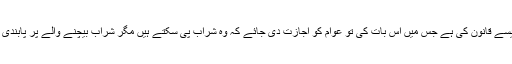
اس کی مثال ایسے قانون کی ہے جس میں اس بات کی تو عوام کو اجازت دی جائے کہ وہ شراب پی سکتے ہیں مگر شراب بیچنے والے پر پابندی لگا دی جائے۔